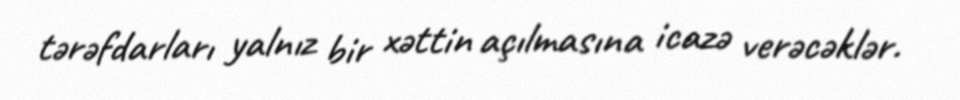
tərəfdarları yalnız bir xəttin açılmasına icazə verəcəklər.